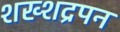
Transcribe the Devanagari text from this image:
शख्शद्रपन